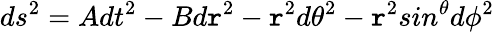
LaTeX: ds^{2}=Adt^{2}-Bd\mathtt{r}^{2}-\mathtt{r}^{2}d\theta^{2}-\mathtt{r}^{2}sin^{\theta}d\phi^{2}